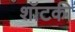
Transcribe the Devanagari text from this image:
शॉटकी